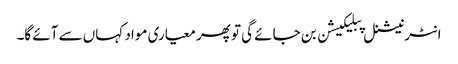
انٹرنیشنل پبلیکیشن بن جائے گی تو پھر معیاری مواد کہاں سے آئے گا۔